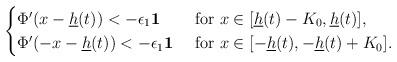
LaTeX: \begin{align*}\begin{cases}\Phi'(x-\underline h(t))<-\epsilon_1\mathbf{1} &\mbox{ for } x\in [\underline h(t)-K_0,\underline h(t)],\\\Phi'(-x-\underline h(t))<-\epsilon_1\mathbf{1} &\mbox{ for } x\in [-\underline h(t),-\underline h(t)+K_0].\end{cases}\end{align*}